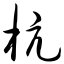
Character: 杭